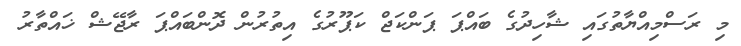
މި ރަސްމިއްޔާތުގައި ޝާހިދުގެ ބައްޕަ ޕަންކަޖް ކަޕޫރުގެ އިތުރުން ދޮންބައްޕަ ރާޖޭޝް ޚައްތާރު